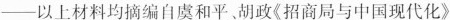
——以上材料均摘编自虞和平、胡政《招商局与中国现代化》